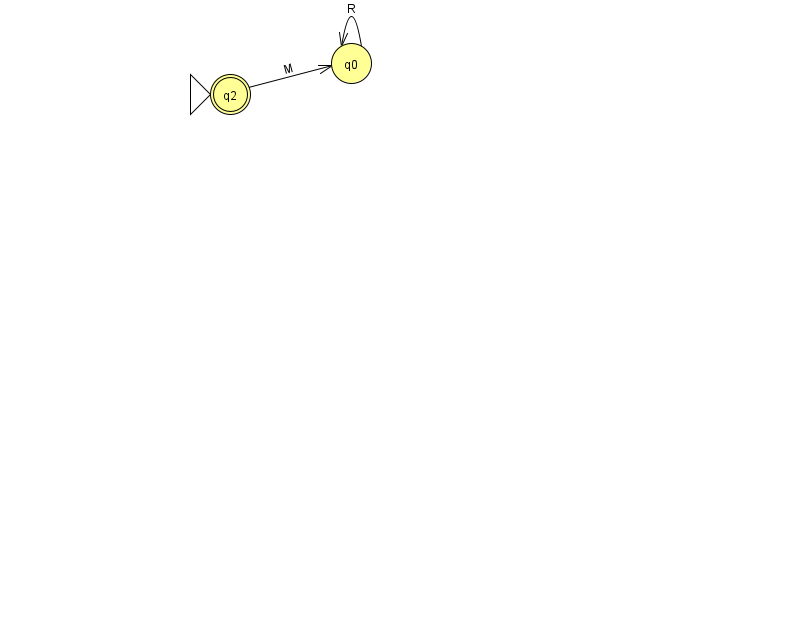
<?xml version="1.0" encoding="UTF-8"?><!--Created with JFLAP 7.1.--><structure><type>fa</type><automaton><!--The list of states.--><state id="0" name="q0"><x>351.0</x><y>50.0</y></state><state id="2" name="q2"><x>230.0</x><y>81.0</y><initial/><final/></state><!--The list of transitions.--><transition><from>0</from><to>0</to><read>R</read></transition><transition><from>2</from><to>0</to><read>M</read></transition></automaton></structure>